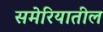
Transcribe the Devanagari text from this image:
समेरियातील